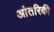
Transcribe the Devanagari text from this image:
आंतरिकी